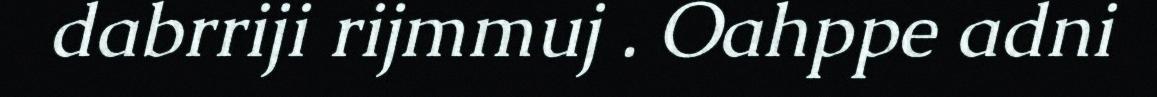
dabrriji rijmmuj . Oahppe adni